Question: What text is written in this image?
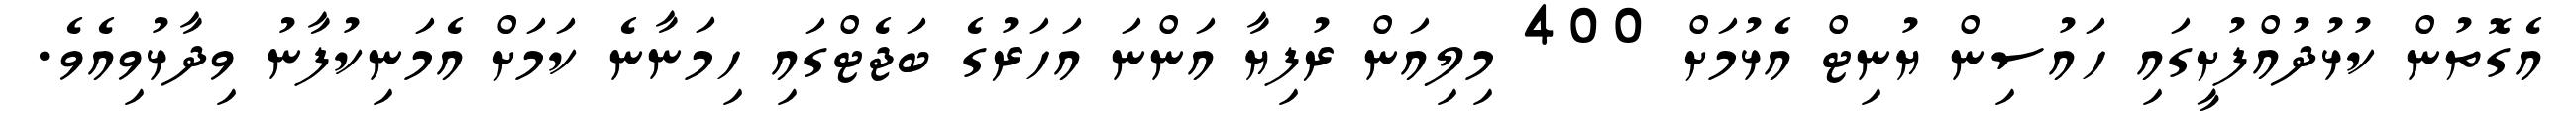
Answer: އެގޮތުން ކުޅުދުއްފުށީގައި ހައުސިން ޔުނިޓް އެޅުމަށް 400 މިލިއަން ރުފިޔާ އަންނަ އަހަރުގެ ބަޖެޓްގައި ހިމަނާނެ ކަމަށް އެމަނިކުފާނު ވިދާޅުވިއެވެ.